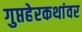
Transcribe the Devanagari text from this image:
गुप्तहेरकथांवर